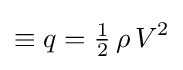
\equiv q={\tfrac {1}{2}}\,\rho \,V^{2}